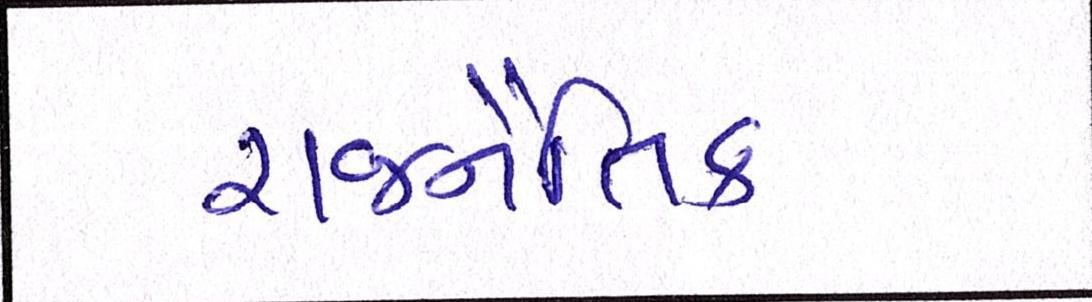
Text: રાજનૈતિક